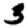
Digit: 3